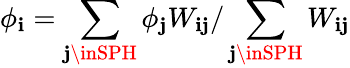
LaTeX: \phi_{\mathbf{i}}=\sum_{\mathbf{j}\inSPH}\phi_{\mathbf{j}}W_{\mathbf{i}\mathbf{j}}/\sum_{\mathbf{j}\inSPH}W_{\mathbf{i}\mathbf{j}}